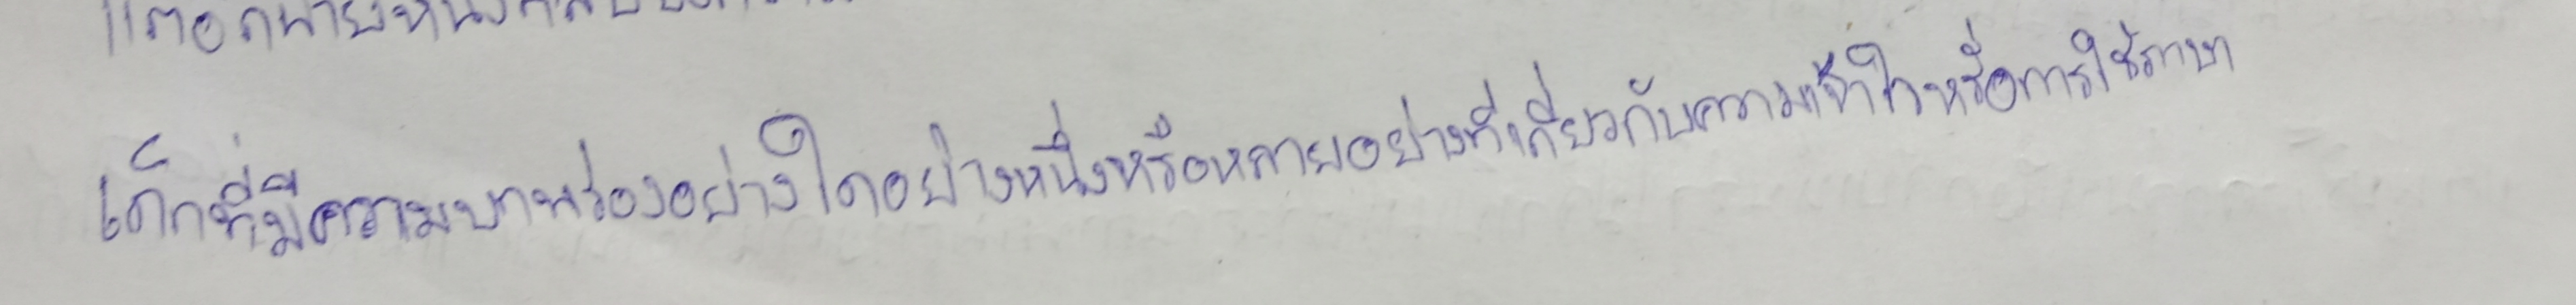
เด็กที่มีความบกพร่องอย่างใดอย่างหนึ่งหรือหลายอย่างที่เกี่ยวกับความเข้าใจหรือการใช้ภาษา